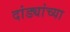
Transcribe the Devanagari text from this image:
दांड्यांच्या